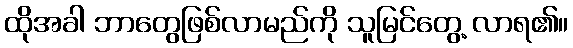
ထိုအခါ ဘာတွေဖြစ်လာမည်ကို သူမြင်တွေ့ လာရ၏။